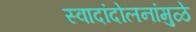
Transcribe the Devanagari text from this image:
स्वादांदोलनांमुळे